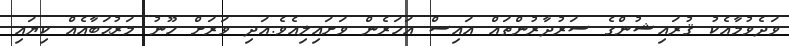
ވަދެވުމާއެކު ޤުރައިޝުންގެ ސަރުދާރުންތައް އައިސް އަހަރެން ވަށައިލިއެވެ.އަދި ވަރަށް ހޫނު މަރުޙަބާއެއް ކިޔައި